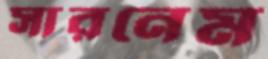
সারনেম